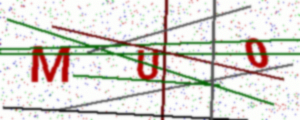
Text: MU0